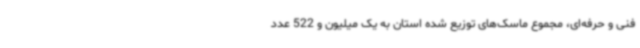
فنی و حرفه‌ای، مجموع ماسک‌های توزیع شده استان به یک میلیون و 522 عدد